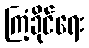
ကြံ့ခိုင်ရေး